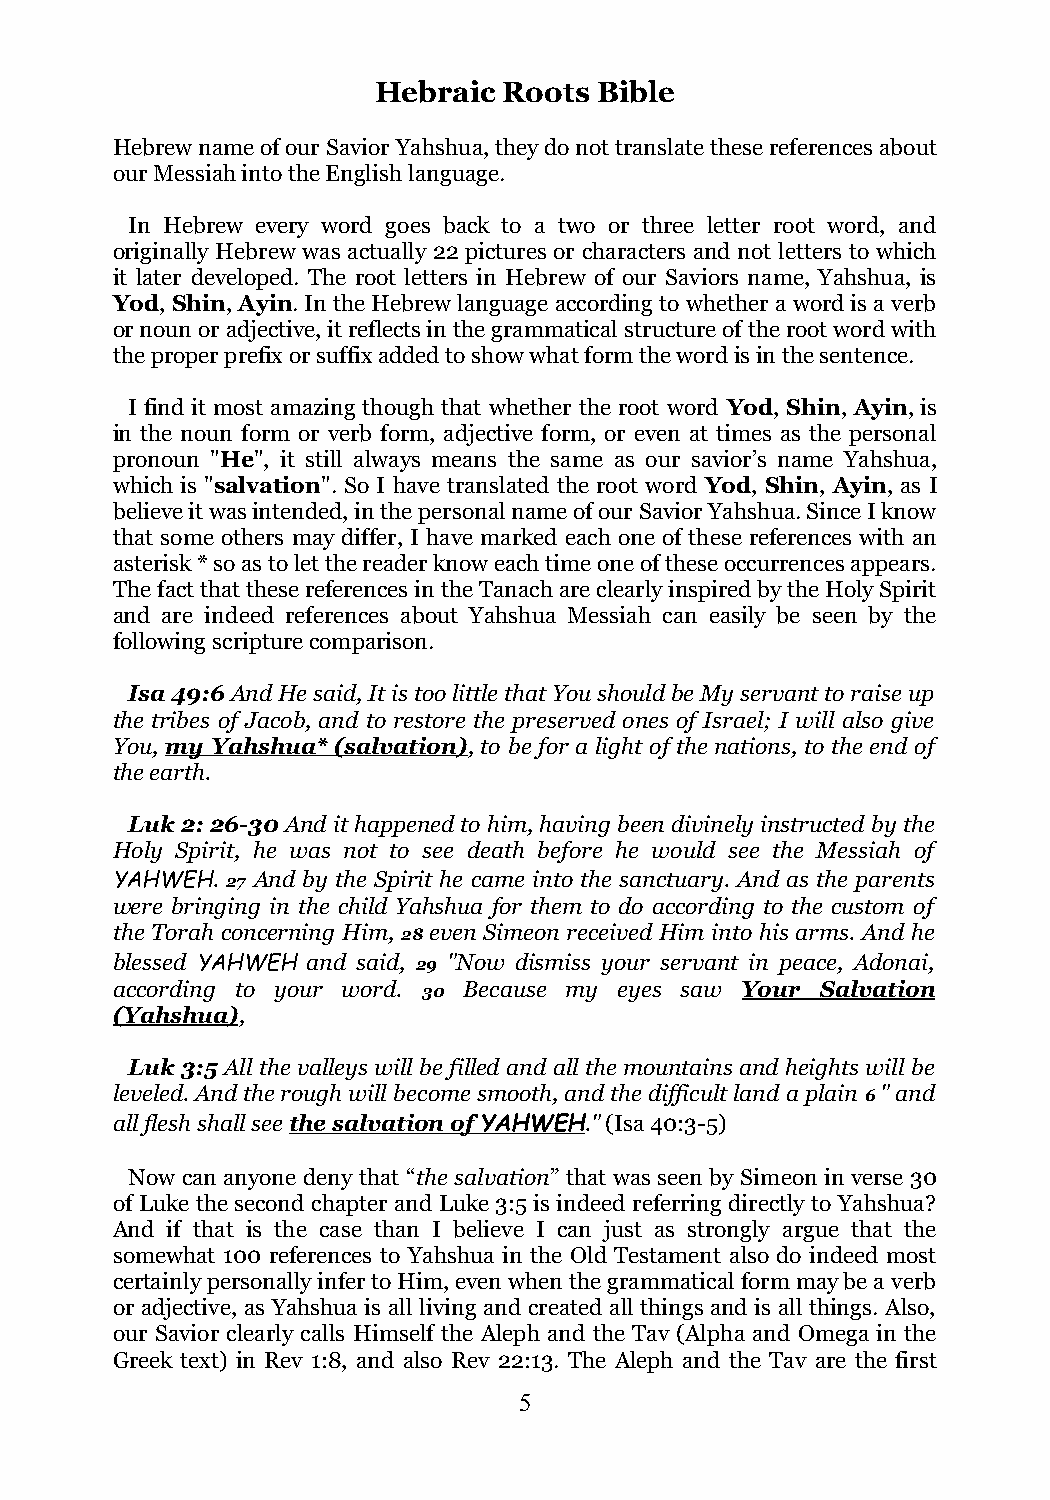
Hebraic Roots  Bible
 Hebrew name of our Savior Yahshua, they do not translate these references about
 our Messiah into the English language.
 In Hebrew every word goes back to a two or three letter root word, and
 originally Hebrew was actually 22 pictures or characters and not letters to which
 it later developed. The root letters in Hebrew of our Saviors name, Yahshua, is
 Yod, Shin, Ayin. In the Hebrew language according to whether a word is a verb
 or noun or adjective, it reflects in the grammatical structure of the root word with
 the proper prefix or suffix added to show what form the word is in the sentence.
 I find it most amazing though that whether the root word Yod, Shin, Ayin, is
 in the noun form or verb form, adjective form, or even at times as the personal
 pronoun "He", it still always means the same as our savior’s name Yahshua,
 which is "salvation". So I have translated the root word Yod, Shin, Ayin, as I
 believe it was intended, in the personal name of our Savior Yahshua. Since I know
 that some others may differ, I have marked each one of these references with an
 asterisk * so as to let the reader know each time one of these occurrences appears.
 The fact that these references in the Tanach are clearly inspired by the Holy Spirit
 and are indeed references about Yahshua Messiah can easily be seen by the
 following scripture comparison.
 Isa 49:6 And He said, It is too little that You should be My servant to raise up
 the tribes of Jacob, and to restore the preserved ones of Israel; I will also give
 You, my Yahshua* (salvation), to be for a light of the nations, to the end of
 the earth.
 Luk 2: 26-30 And it happened to him, having been divinely instructed by the
 Holy Spirit, he was not to see death before he would see the Messiah of
 YAHWEH. 27 And by the Spirit he came into the sanctuary. And as the parents
 were bringing in the child Yahshua for them to do according to the custom of
 the Torah concerning Him, 28 even Simeon received Him into his arms. And he
 blessed YAHWEH and said, 29 "Now dismiss your servant in peace, Adonai,
 according to your word. 30 Because my eyes saw Your Salvation
 (Yahshua),
 Luk 3:5 All the valleys will be filled and all the mountains and heights will be
 leveled. And the rough will become smooth, and the difficult land a plain 6 " and
 all flesh shall see the salvation of YAHWEH ." (Isa 40:3-5)
 Now can anyone deny that “the salvation” that was seen by Simeon in verse 30
 of Luke the second chapter and Luke 3:5 is indeed referring directly to Yahshua?
 And if that is the case than I believe I can just as strongly argue that the
 somewhat 100 references to Yahshua in the Old Testament also do indeed most
 certainly personally infer to Him, even when the grammatical form may be a verb
 or adjective, as Yahshua is all living and created all things and is all things. Also,
 our Savior clearly calls Himself the Aleph and the Tav (Alpha and Omega in the
 Greek text) in Rev 1:8, and also Rev 22:13. The Aleph and the Tav are the first
 5